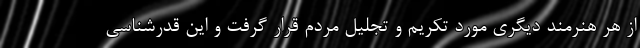
از هر هنرمند دیگری مورد تکریم و تجلیل مردم قرار گرفت و این قدرشناسی